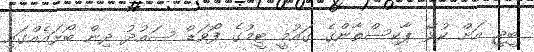
ބީޖީ އަށް ކުޅޭ ޕާކިސްތާންގެ ގައުމީ ޓީމުގެ ފޯވަޑް ސައުދު ދިން ބޯޅައެއްގައި